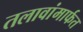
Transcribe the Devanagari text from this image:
तलावांमार्फत